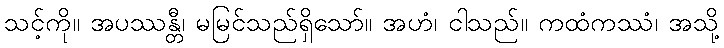
သင့်ကို။ အပဿန္တီ၊ မမြင်သည်ရှိသော်။ အဟံ၊ ငါသည်။ ကထံကဿံ၊ အသို့